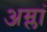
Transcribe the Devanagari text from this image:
अम्लां